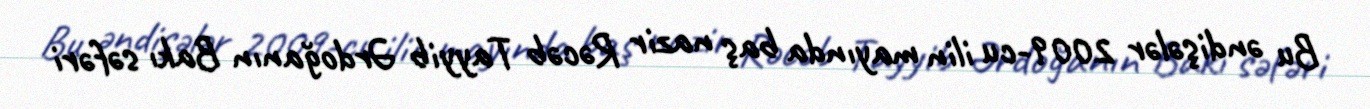
Bu əndişələr 2009-cu ilin mayında baş nazir Rəcəb Tayyib Ərdoğanın Bakı səfəri